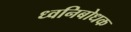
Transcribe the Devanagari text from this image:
ध्वनिबोधक